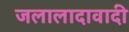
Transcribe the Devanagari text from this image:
जलालादावादी